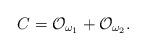
LaTeX: \begin{align*}C={\cal O}_{\omega _1}+{\cal O}_{\omega _2}.\end{align*}